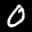
Label: 0